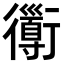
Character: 𧘄